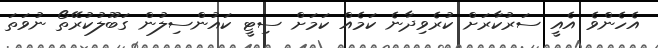
އެހެންވެ އެއީ ސަރުކާރަށް ކުރެވިދާނެ ކަމެއް ކަމަށް ސިޓީ ކައުންސިލުން ގަބޫލުކުރޭތޯ ނުވަތަ